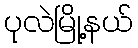
ပုလဲမြို့နယ်